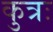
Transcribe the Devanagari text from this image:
कुत्रः